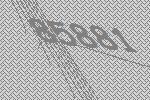
85881